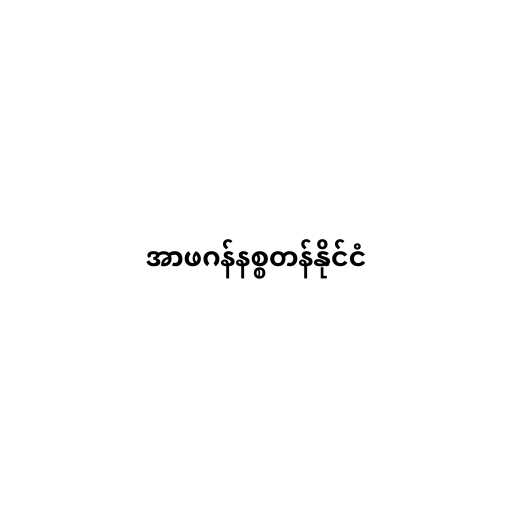
အာဖဂန်နစ္စတန်နိုင်ငံ